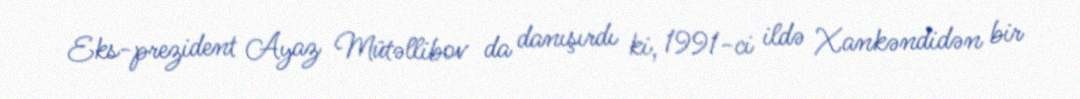
Eks-prezident Ayaz Mütəllibov da danışırdı ki, 1991-ci ildə Xankəndidən bir